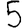
Digit: 5